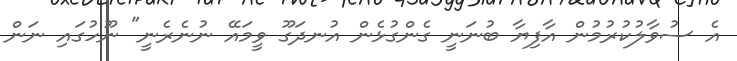
އެ ސުވާލުކުރުމުން އާފިޔާ ބުނަނީ ގެންގުޅެން އުނދަގޫ ވީމައޭ ނުނެރެނީ" ނޫހުގައި ނަން